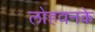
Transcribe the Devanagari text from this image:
लोहवनके